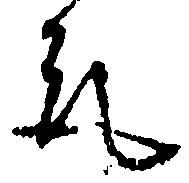
取